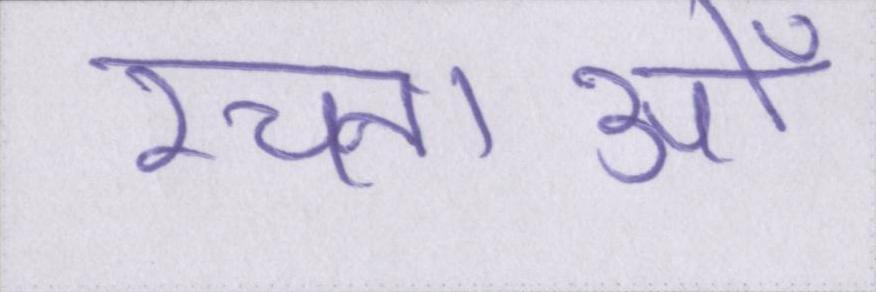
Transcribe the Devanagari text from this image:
रचनाओँ